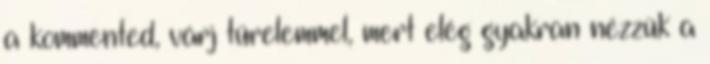
a kommented, várj türelemmel, mert elég gyakran nézzük a